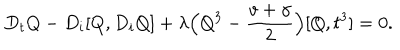
D _ { t } Q - D _ { i } [ Q , D _ { i } Q ] + { \lambda } \Big ( Q ^ { 3 } - \frac { v + \gamma } { 2 } \Big ) [ Q , t ^ { 3 } ] = 0 .